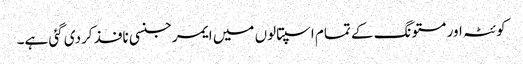
کوئٹہ اور مستونگ کے تمام اسپتالوں میں ایمرجنسی نافذ کردی گئی ہے۔